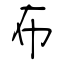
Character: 布